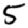
Digit: 5